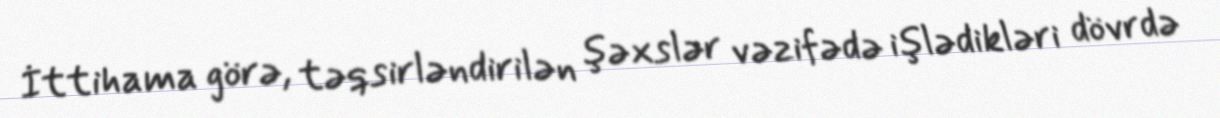
İttihama görə, təqsirləndirilən şəxslər vəzifədə işlədikləri dövrdə